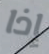
إذا